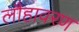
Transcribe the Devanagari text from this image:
लौहावरण